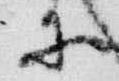
等